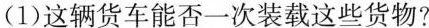
(1)这辆货车能否一次装载这些货物?